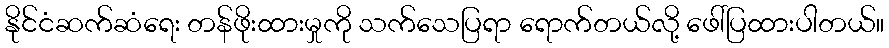
နိုင်ငံဆက်ဆံရေး တန်ဖိုးထားမှုကို သက်သေပြရာ ရောက်တယ်လို့ ဖေါ်ပြထားပါတယ်။